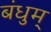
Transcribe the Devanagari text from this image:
बंधुम्